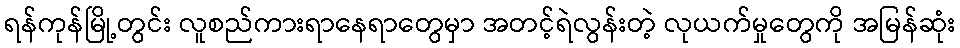
ရန်ကုန်မြို့တွင်း လူစည်ကားရာနေရာတွေမှာ အတင့်ရဲလွန်းတဲ့ လုယက်မှုတွေကို အမြန်ဆုံး